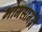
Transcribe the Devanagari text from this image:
भोगसामग्री